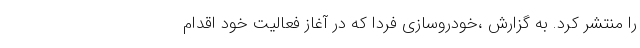
را منتشر کرد. به گزارش ،خودروسازی فردا که در آغاز فعالیت خود اقدام